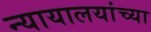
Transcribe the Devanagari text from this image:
न्यायालयांच्या